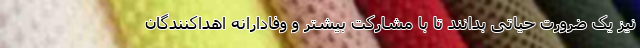
نیز یک ضرورت حیاتی بدانند تا با مشارکت بیشتر و وفادارانه اهداکنندگان